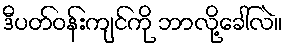
ဒီပတ်ဝန်းကျင်ကို ဘာလို့ခေါ်လဲ။